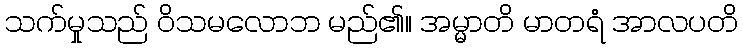
သက်မှုသည် ဝိသမလောဘ မည်၏။ အမ္မာတိ မာတရံ အာလပတိ